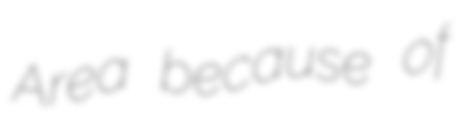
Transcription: Area because of